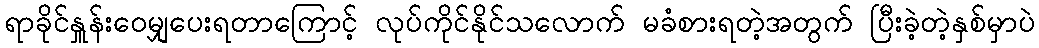
ရာခိုင်နှူန်းဝေမျှပေးရတာကြောင့် လုပ်ကိုင်နိုင်သလောက် မခံစားရတဲ့အတွက် ပြီးခဲ့တဲ့နှစ်မှာပဲ